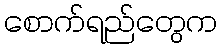
စောက်ရည်တွေက